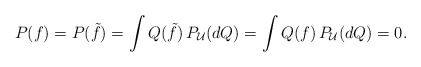
\begin{gather*}P(f)=P(\tilde{f})=\int Q(\tilde{f})\,P_\mathcal{U}(dQ)=\int Q(f)\,P_\mathcal{U}(dQ)=0.\end{gather*}